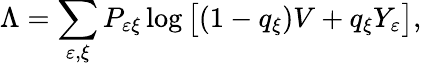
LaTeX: \Lambda=\sum_{\varepsilon,\xi}P_{\varepsilon\xi}\log\big[(1-q_{\xi})V+q_{\xi}Y_{\varepsilon}\big],